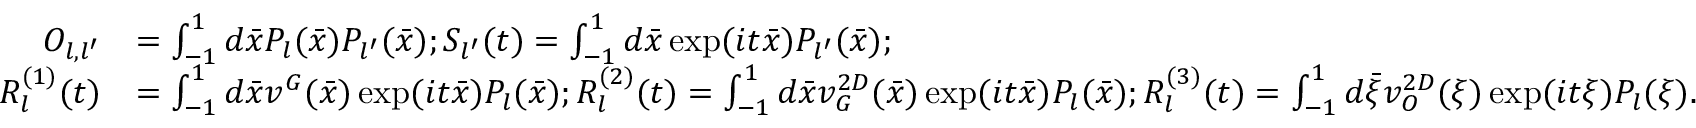
\begin{array} { r l } { O _ { l , l ^ { \prime } } } & { = \int _ { - 1 } ^ { 1 } d \bar { x } P _ { l } ( \bar { x } ) P _ { l ^ { \prime } } ( \bar { x } ) ; S _ { l ^ { \prime } } ( t ) = \int _ { - 1 } ^ { 1 } d \bar { x } \exp ( i t \bar { x } ) P _ { l ^ { \prime } } ( \bar { x } ) ; } \\ { R _ { l } ^ { ( 1 ) } ( t ) } & { = \int _ { - 1 } ^ { 1 } d \bar { x } v ^ { G } ( \bar { x } ) \exp ( i t \bar { x } ) P _ { l } ( \bar { x } ) ; R _ { l } ^ { ( 2 ) } ( t ) = \int _ { - 1 } ^ { 1 } d \bar { x } v _ { G } ^ { 2 D } ( \bar { x } ) \exp ( i t \bar { x } ) P _ { l } ( \bar { x } ) ; R _ { l } ^ { ( 3 ) } ( t ) = \int _ { - 1 } ^ { 1 } d \bar { \xi } v _ { O } ^ { 2 D } ( \xi ) \exp ( i t \xi ) P _ { l } ( \xi ) . } \end{array}